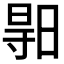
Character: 𣈗